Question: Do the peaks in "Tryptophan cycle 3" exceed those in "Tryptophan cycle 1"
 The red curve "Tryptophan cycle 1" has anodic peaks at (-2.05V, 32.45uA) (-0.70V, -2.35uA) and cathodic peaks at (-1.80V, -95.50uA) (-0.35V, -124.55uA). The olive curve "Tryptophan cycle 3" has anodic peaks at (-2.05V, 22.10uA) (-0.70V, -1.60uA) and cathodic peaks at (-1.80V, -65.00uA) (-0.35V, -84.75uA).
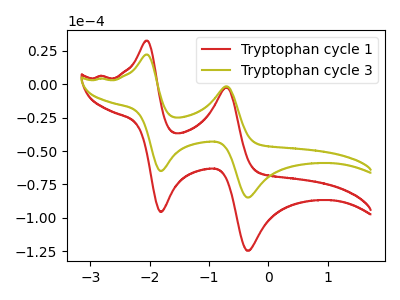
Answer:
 <answer>The peaks in "Tryptophan cycle 3" are neither all higher or all lower than the peaks in "Tryptophan cycle 1".</answer>
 <eval>mixed</eval>